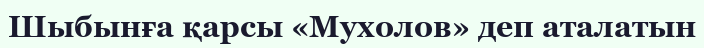
Шыбынға қарсы «Мухолов» деп аталатын